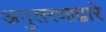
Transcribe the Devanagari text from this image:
अनुसरणाद्वारे